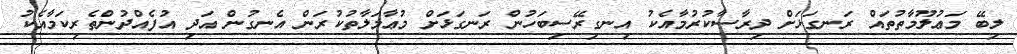
ލިބޭ މަޢުލޫމާތުތައް ރަނގަޅަށް ދިރާސާކުރުމާއެކު އިނގިރޭސިބަހުން ރަނގަޅަށް މުޢާމަލާތުކުރަން އެނގުން އަދި އުފެއްދުންތެރިކަމާއެކު